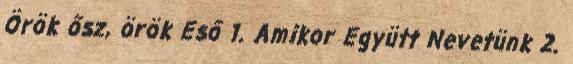
Örök ősz, örök Eső 1. Amikor Együtt Nevetünk 2.